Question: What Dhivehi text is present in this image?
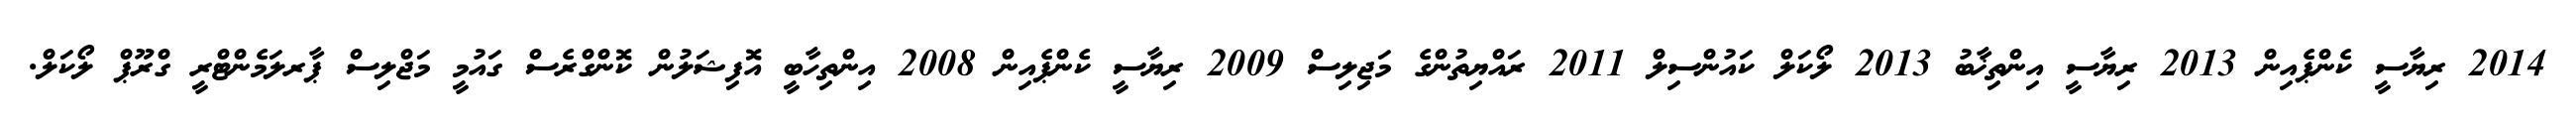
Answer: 2014 ރިޔާސީ ކެންޕެއިން 2013 ރިޔާސީ އިންތިޚާބު 2013 ލޯކަލް ކައުންސިލް 2011 ރައްޔިތުންގެ މަޖިލިސް 2009 ރިޔާސީ ކެންޕެއިން 2008 އިންތިހާބީ އޮފިޝަލުން ކޮންގްރެސް ގައުމީ މަޖްލިސް ޕާރލަމެންޓްރީ ގްރޫޕް ލޯކަލް.